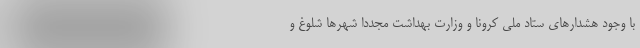
با وجود هشدارهای ستاد ملی کرونا و وزارت بهداشت مجددا شهرها شلوغ و